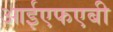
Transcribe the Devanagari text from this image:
आईएफएबी